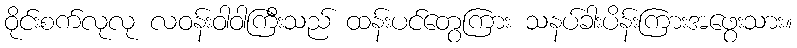
ဝိုင်းစက်လုလု လဝန်းဝါဝါကြီးသည် ထန်းပင်တွေကြား သနပ်ခါးပိန်းကြားအဖွေးသား။